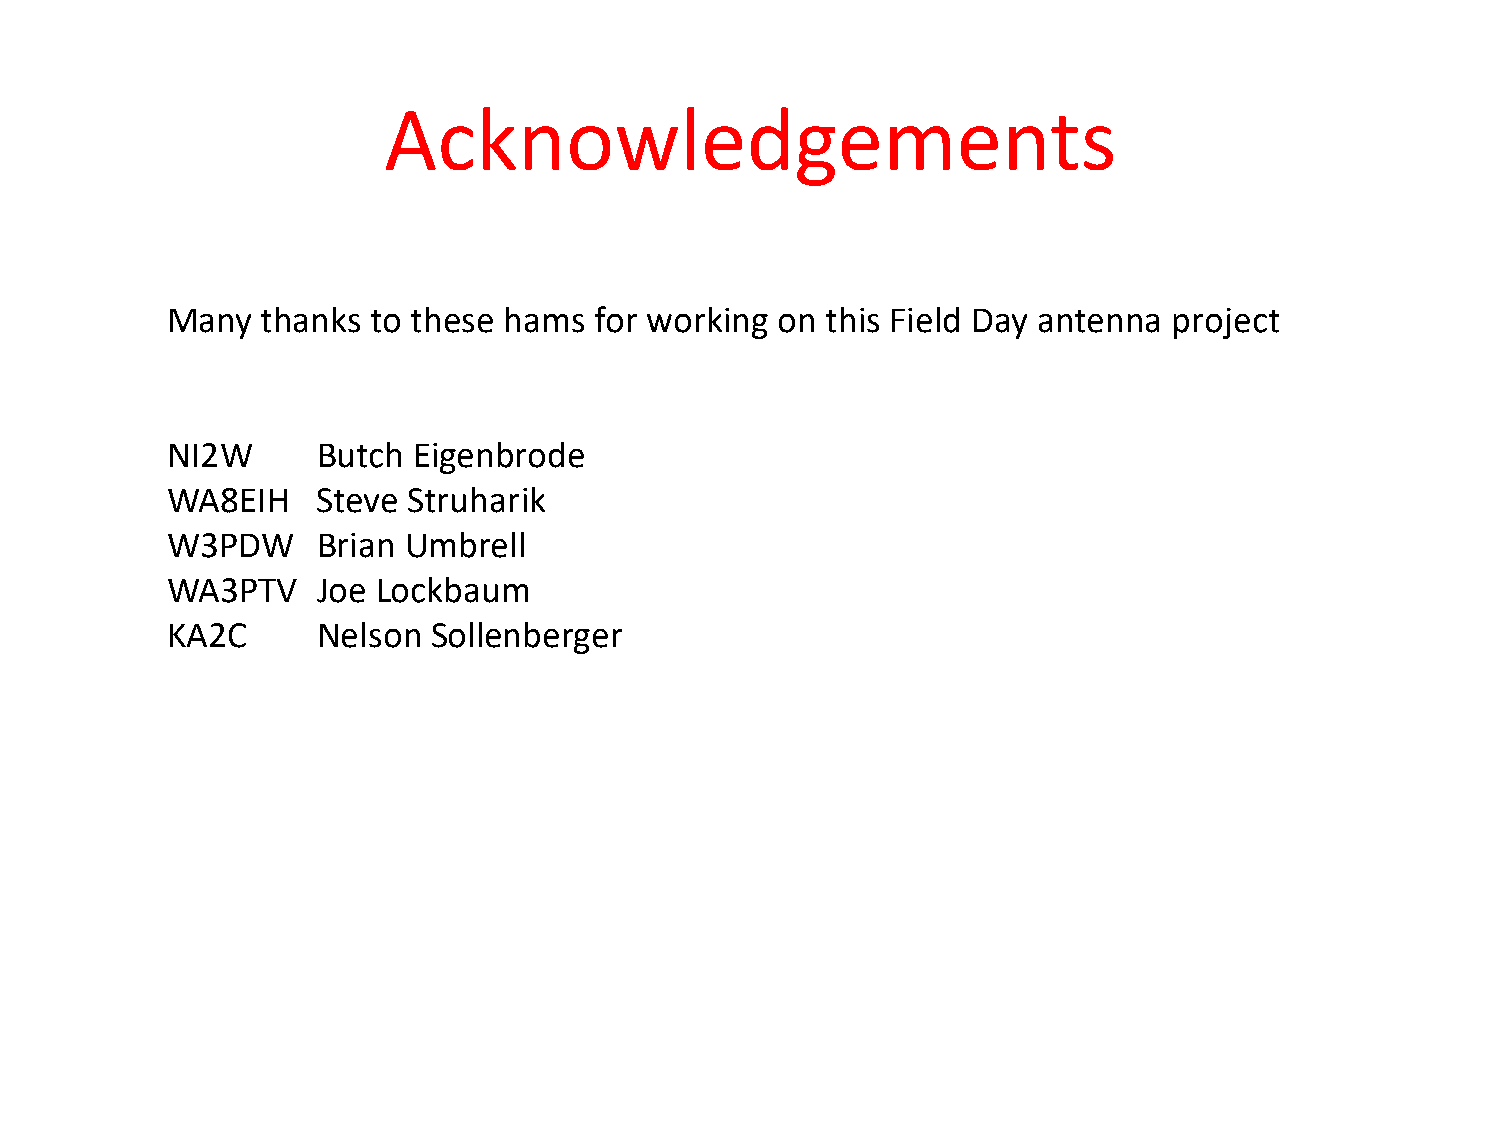
Acknowledgements
 Many  thanks  to these hams for working  on this Field Day antenna project
 NI2W      Butch Eigenbrode
 WA8EIH    Steve Struharik
 W3PDW     Brian Umbrell
 WA3PTV    Joe Lockbaum
 KA2C      Nelson  Sollenberger